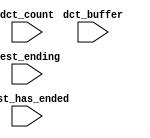
module usb_system_cpu_oci_test_bench (
                                       // inputs:
                                        dct_buffer,
                                        dct_count,
                                        test_ending,
                                        test_has_ended
                                     )
;

  input   [ 29: 0] dct_buffer;
  input   [  3: 0] dct_count;
  input            test_ending;
  input            test_has_ended;


endmodule